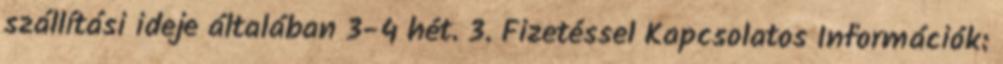
szállítási ideje általában 3-4 hét. 3. Fizetéssel Kapcsolatos Információk: